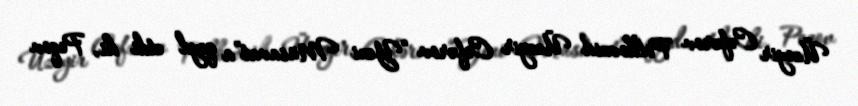
Üzeyir Cəfərov Polkovnik Üzeyir Cəfərov “Yeni Müsavat”a qeyd etdi ki, Peqov